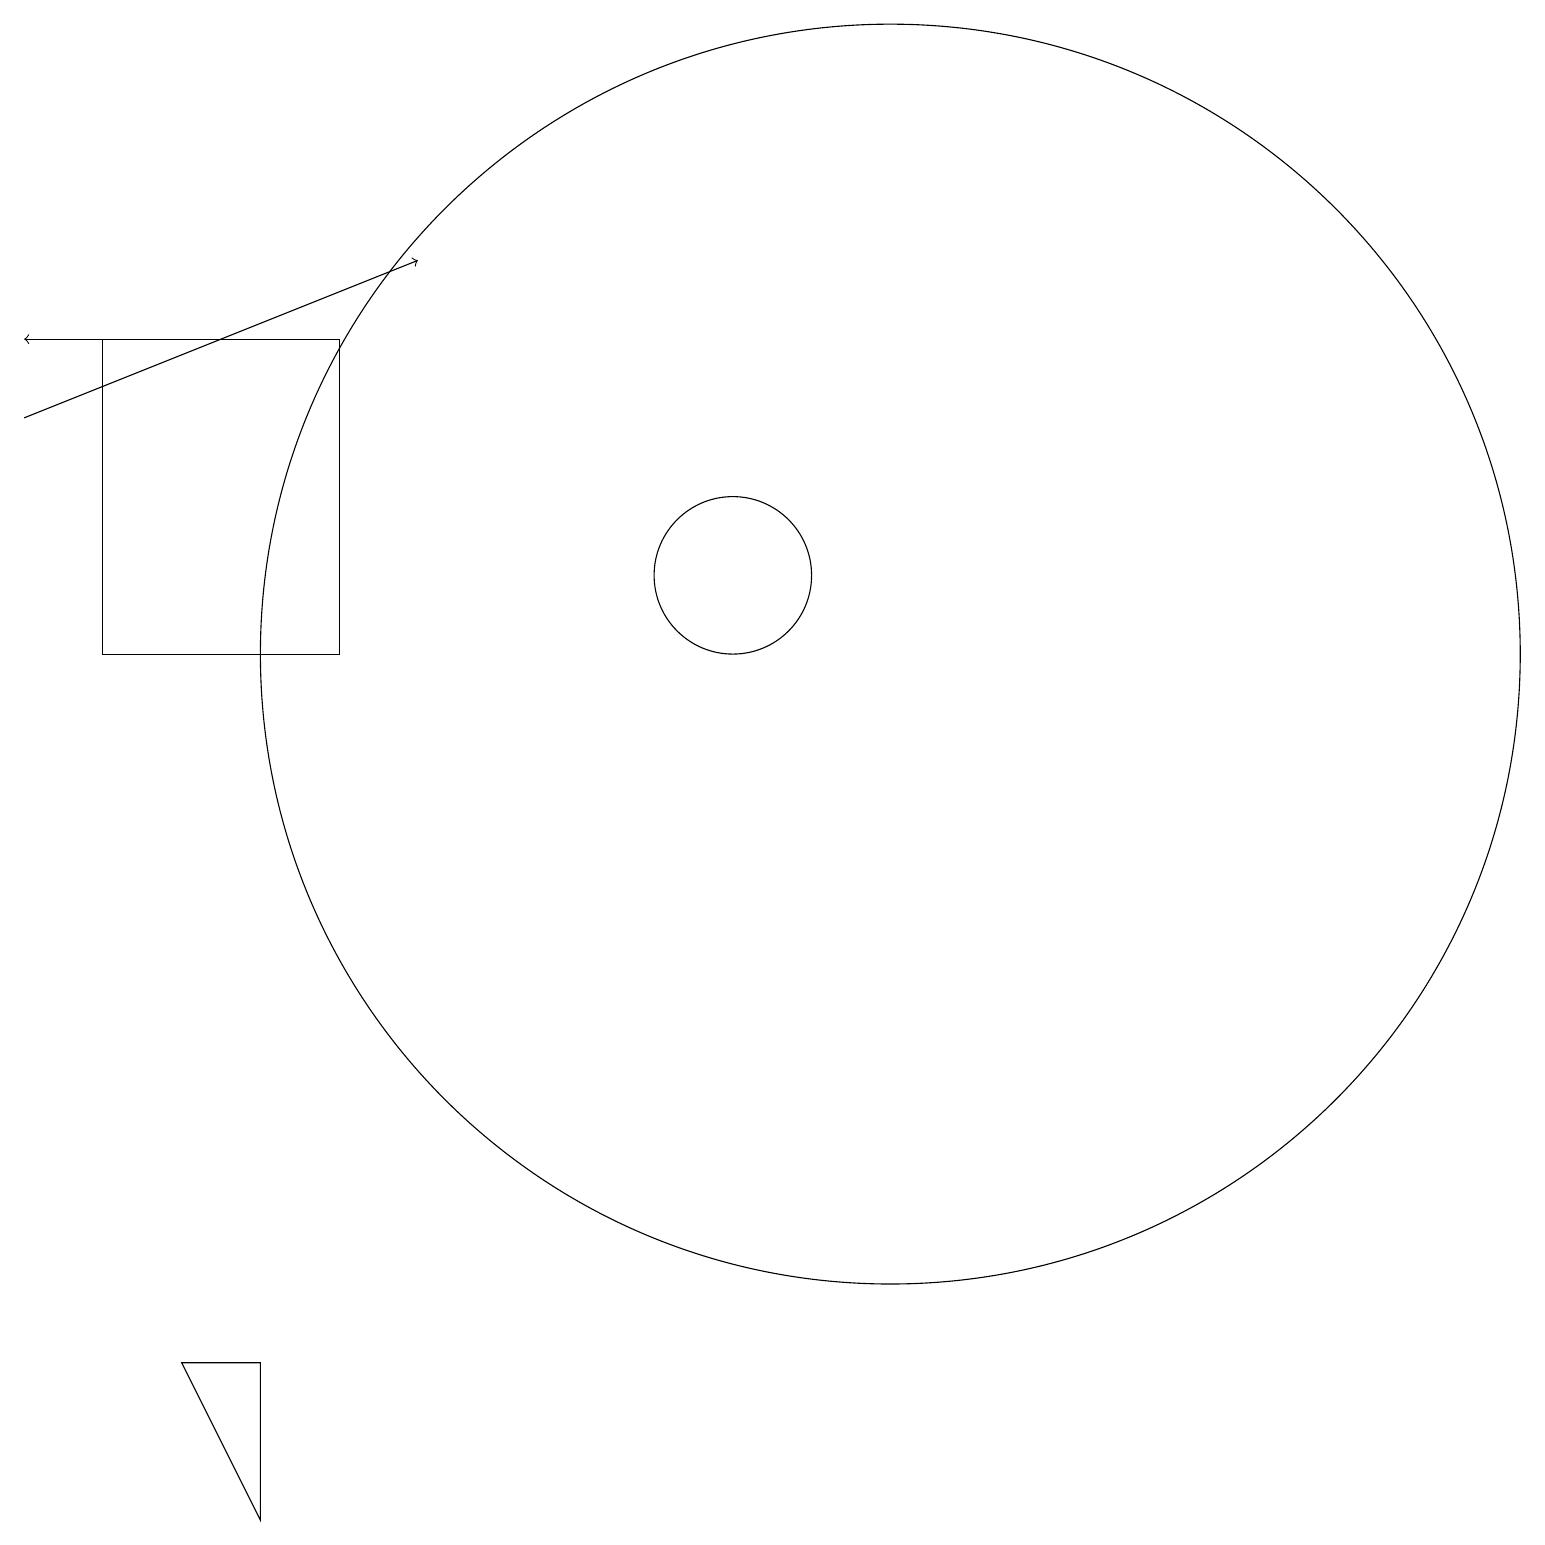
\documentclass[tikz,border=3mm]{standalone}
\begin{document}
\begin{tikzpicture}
\draw (4,2) -- (4,0) -- (3,2) -- cycle;
\draw (12,11) circle (8);
\draw[->] (1,14) -- (6,16);
\draw (5,11) rectangle (2,15);
\draw[->] (3,15) -- (1,15);
\draw (10,12) circle (1);
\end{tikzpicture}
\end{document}